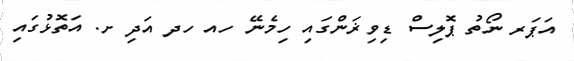
އަޕަރ ނޯތު ޕޮލިސް ޑިވިޜަންގައި ހިމެނޭ ހއ ހދ އަދި ށ. އަތޮޅުގައި